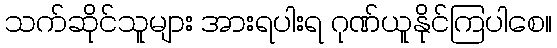
သက်ဆိုင်သူများ အားရပါးရ ဂုဏ်ယူနိုင်ကြပါစေ။